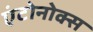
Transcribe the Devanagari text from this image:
एंटोनोक्स